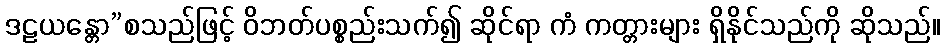
ဒဠယန္တော”စသည်ဖြင့် ဝိဘတ်ပစ္စည်းသက်၍ ဆိုင်ရာ ကံ ကတ္တားများ ရှိနိုင်သည်ကို ဆိုသည်။